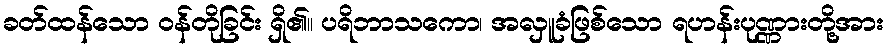
ခတ်ထန်သော ဝန်တိုခြင်း ရှိ၏။ ပရိဘာသကော၊ အလှူခံဖြစ်သော ရဟန်းပုဏ္ဏားတို့အား